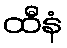
ထီနံ